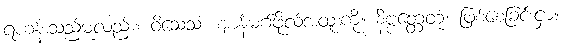
ရဟန်းသည်မူလည်း။ ဝိသေသံ၊ ဈာန်မဂ်ဖိုလ်အထူးကို။ နိဗ္ဗတ္တေတုံ၊ ဖြစ်စေခြင်းငှာ။